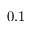
0 . 1